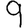
Digit: 9